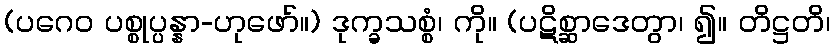
(ပဂေဝ ပစ္စုပ္ပန္နာ-ဟုဖော်။) ဒုက္ခသစ္စံ၊ ကို။ (ပဋိစ္ဆာဒေတွာ၊ ၍။ တိဋ္ဌတိ၊